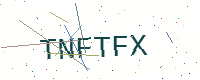
Text: TNFTFX